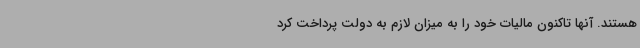
هستند. آنها تاکنون مالیات خود را به میزان لازم به دولت پرداخت کرد